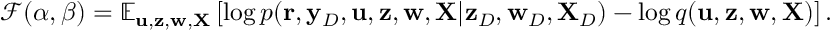
\begin{array} { r l } & { { \mathcal { F } } ( \alpha , \beta ) = { \mathbb E } _ { { \mathbf u } , { \mathbf z } , { \mathbf w } , { \mathbf X } } \left[ \log p ( { \mathbf r } , { \mathbf y } _ { D } , { \mathbf u } , { \mathbf z } , { \mathbf w } , { \mathbf X } | { \mathbf z } _ { D } , { \mathbf w } _ { D } , { \mathbf X } _ { D } ) - \log q ( { \mathbf u } , { \mathbf z } , { \mathbf w } , { \mathbf X } ) \right] . } \end{array}